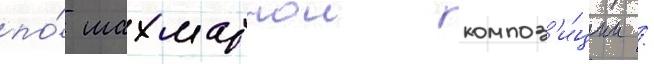
по́ шахматнои композ'и́ции /